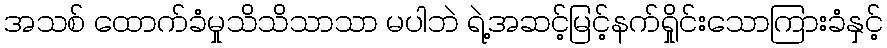
အသစ် ထောက်ခံမှုသိသိသာသာ မပါဘဲ ရဲ့အဆင့်မြင့်နက်ရှိုင်းသောကြားခံနှင့်